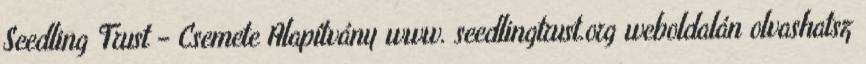
Seedling Trust – Csemete Alapítvány www. seedlingtrust.org weboldalán olvashatsz